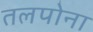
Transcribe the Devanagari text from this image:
तलपोना